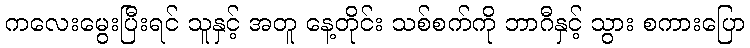
ကလေးမွေးပြီးရင် သူနှင့် အတူ နေ့တိုင်း သစ်စက်ကို ဘာဂီနှင့် သွား စကားပြော